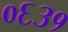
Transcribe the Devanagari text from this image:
०६३१